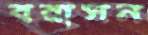
বরাসন